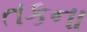
તકના